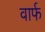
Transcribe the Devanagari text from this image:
वार्फ